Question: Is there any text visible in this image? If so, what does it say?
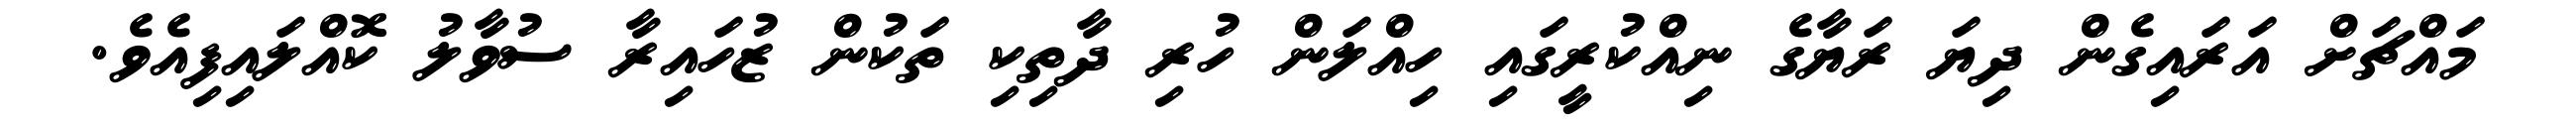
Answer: މައްޗަށް އަރައިގެން ދިޔަ ރަޔާގެ ނިއްކުރީގައި ހިއްލަން ހުރި ދާތިކި ތަކުން ޒުހައިރާ ސުވާލު ކޮއްލައިފިއެވެ.